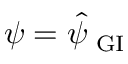
\psi = \hat { \psi } _ { \mathrm { \scriptsize ~ G I } }